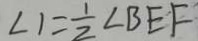
\angle 1 = \frac { 1 } { 2 } \angle B E F